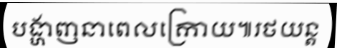
បង្ហាញនាពេលក្រោយ៕រថយន្ត